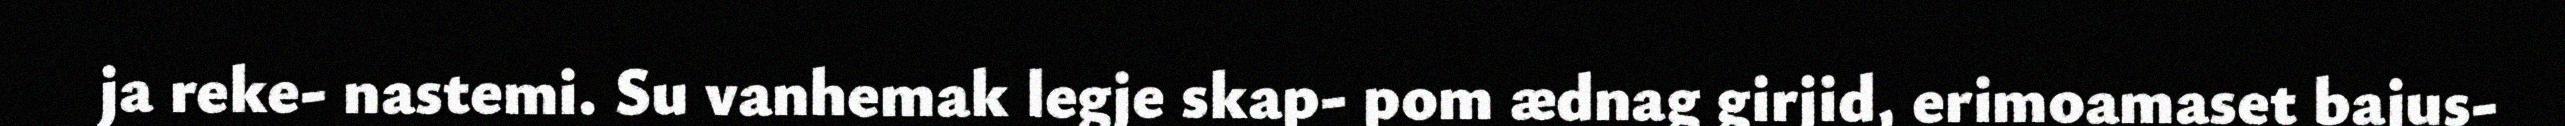
ja reke- nastemi. Su vanhemak legje skap- pom ædnag girjid, erimoamaset bajus-